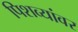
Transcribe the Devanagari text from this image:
पिशव्यांवर